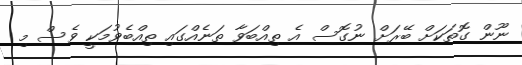
ނޫން ގޮތަކަށް ބޭރަށް ނުގޮސް އެ ތިއްބަވާ ތަނެއްގައި ތިއްބެވުމަކީ ވެސް މި